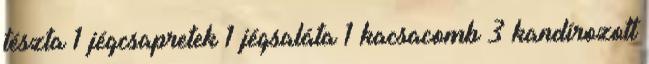
tészta 1 jégcsapretek 1 jégsaláta 1 kacsacomb 3 kandírozott